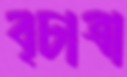
বৃচাত্রা